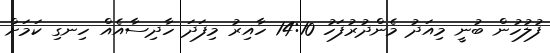
ފުލުހުން ބުނީ މިއަދު މެންދުރުފަހު 14:10 ހާއިރު މިފަދަ ހާދިސާއެއް ހިނގި ކަމަށް